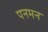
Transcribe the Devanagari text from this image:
पनमन